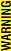
WARNING